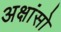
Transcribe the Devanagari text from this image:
अक्षांसो